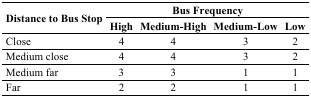
<table><thead><tr><td rowspan="2"><b>Distance to Bus Stop</b></td><td colspan="4"><b>Bus Frequency</b></td></tr><tr><td><b>High</b></td><td><b>Medium-High</b></td><td><b>Medium-Low</b></td><td><b>Low</b></td></tr></thead><tbody><tr><td>Close</td><td>4</td><td>4</td><td>3</td><td>2</td></tr><tr><td>Medium close</td><td>4</td><td>4</td><td>3</td><td>2</td></tr><tr><td>Medium far</td><td>3</td><td>3</td><td>1</td><td>1</td></tr><tr><td>Far</td><td>2</td><td>2</td><td>1</td><td>1</td></tr></tbody></table>